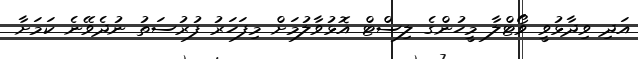
އަދި ވިދާޅުވީ ވޯޓްލާ މީހުންގެ ލިސްޓް އޮޅުވާލުމަށް މިފަހަރު ފުރުސަތު ނުދެވޭނެ ކަމަށާ